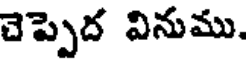
చెప్పెద వినుము.